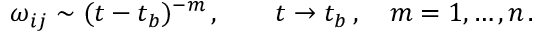
\omega _ { i j } \sim ( t - t _ { b } ) ^ { - m } \, , \qquad t \to t _ { b } \, , \quad m = 1 , \dots , n \, .